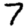
Digit: 7